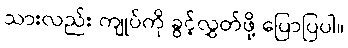
သားလည်း ကျုပ်ကို ခွင့်လွှတ်ဖို့ ပြောပြပါ။